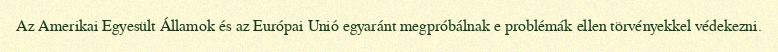
Az Amerikai Egyesült Államok és az Európai Unió egyaránt megpróbálnak e problémák ellen törvényekkel védekezni.